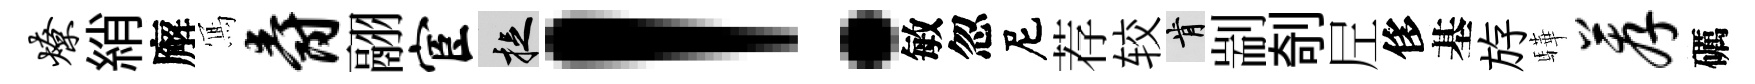
燎綃廨𭂁爵翮宦捉！敏忽尼荐较肯剬剞𡰱侈基斿驊荐礪